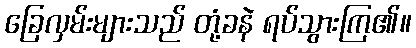
ခြေလှမ်းများသည် တုံ့ခနဲ ရပ်သွားကြ၏။